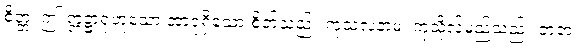
စိတ္တံ၊ ဤ ဣဋ္ဌာရုံဟူသော အာရုံရှိသော စိတ်သည်။ ကုသလံနာမ၊ ကုသိုလ်မည်သည်။ ဇာတံ၊